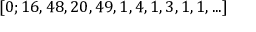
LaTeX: [ 0 ; 1 6 , 4 8 , 2 0 , 4 9 , 1 , 4 , 1 , 3 , 1 , 1 , . . . ]